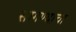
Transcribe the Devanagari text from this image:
सागण्याचा